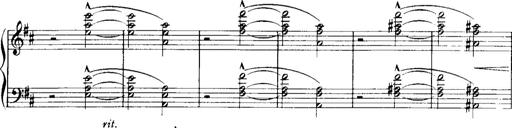
Title: Historische ungarische Bildnisse
Composer: Franz Liszt